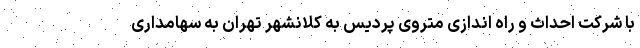
با شرکت احداث و راه ‌اندازی متروی پردیس به کلانشهر تهران به سهامداری